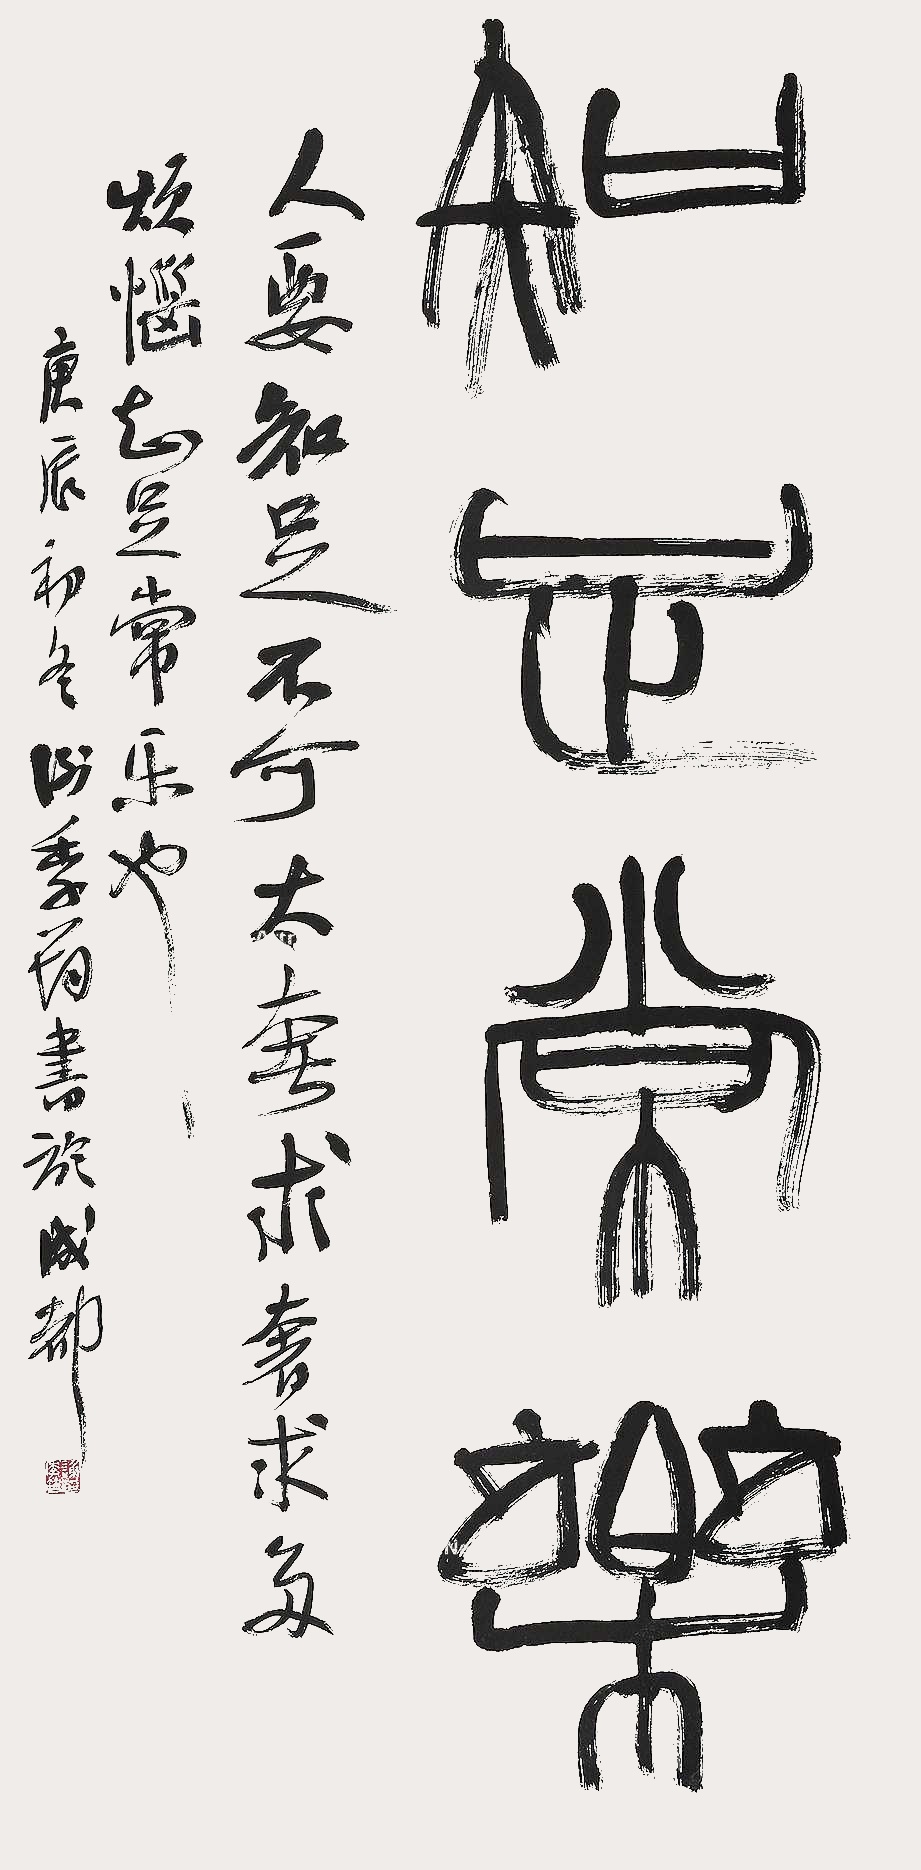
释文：知足常乐。人要知足，不可太夸求、奢求，有烦恼却是常乐也。庚辰初冬，谢季筠书于成都。